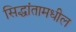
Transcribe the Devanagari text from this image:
सिद्धांतामधील